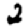
Digit: 2